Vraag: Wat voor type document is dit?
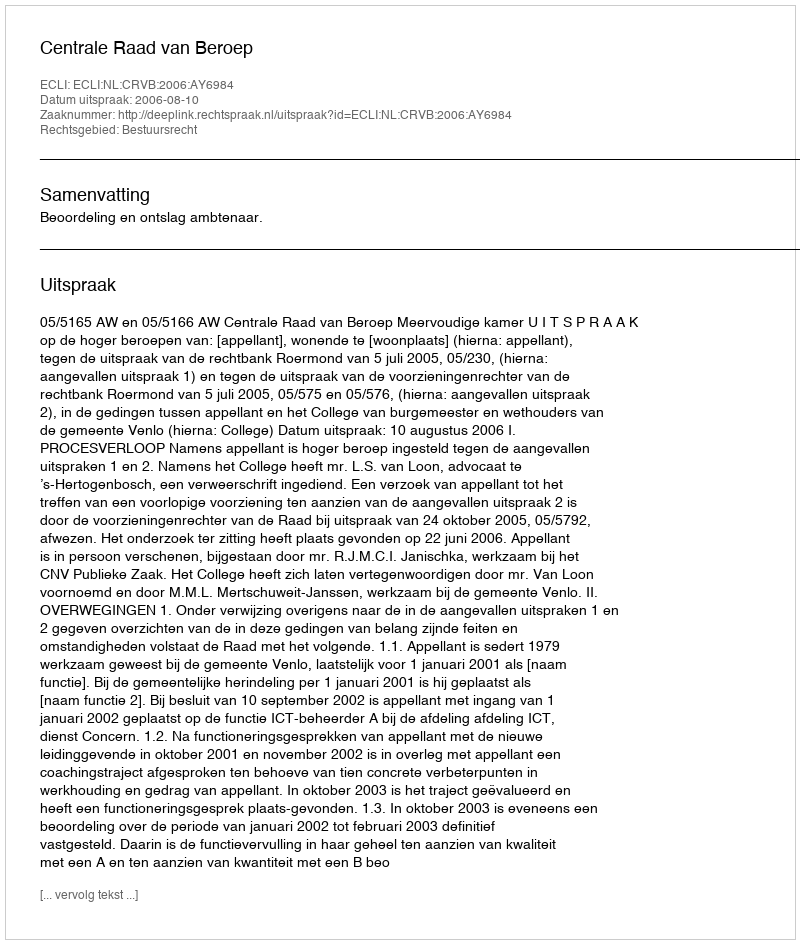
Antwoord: Uitspraak